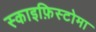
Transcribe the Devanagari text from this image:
स्काइफ़िस्टोमा